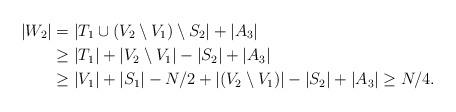
LaTeX: \begin{align*}|W_2|&=|T_1\cup(V_2\setminus V_1)\setminus S_2|+|A_3|\\&\ge|T_1|+|V_2\setminus V_1|-|S_2|+|A_3|\\&\ge |V_1| +|S_1|-N/2+|(V_2\setminus V_1)| -|S_2|+|A_3|\ge N/4.\end{align*}